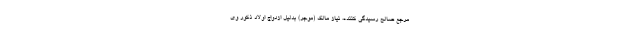
مرجع صالح رسیدگی کننده، نیاز مالک (موجر) بدلیل ازدواج اولاد ذکور وی